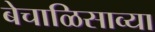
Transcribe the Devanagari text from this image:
बेचाळिसाव्या